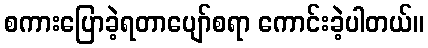
စကားပြောခဲ့ရတာပျော်စရာ ကောင်းခဲ့ပါတယ်။